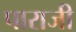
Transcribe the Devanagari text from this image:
पाराजी